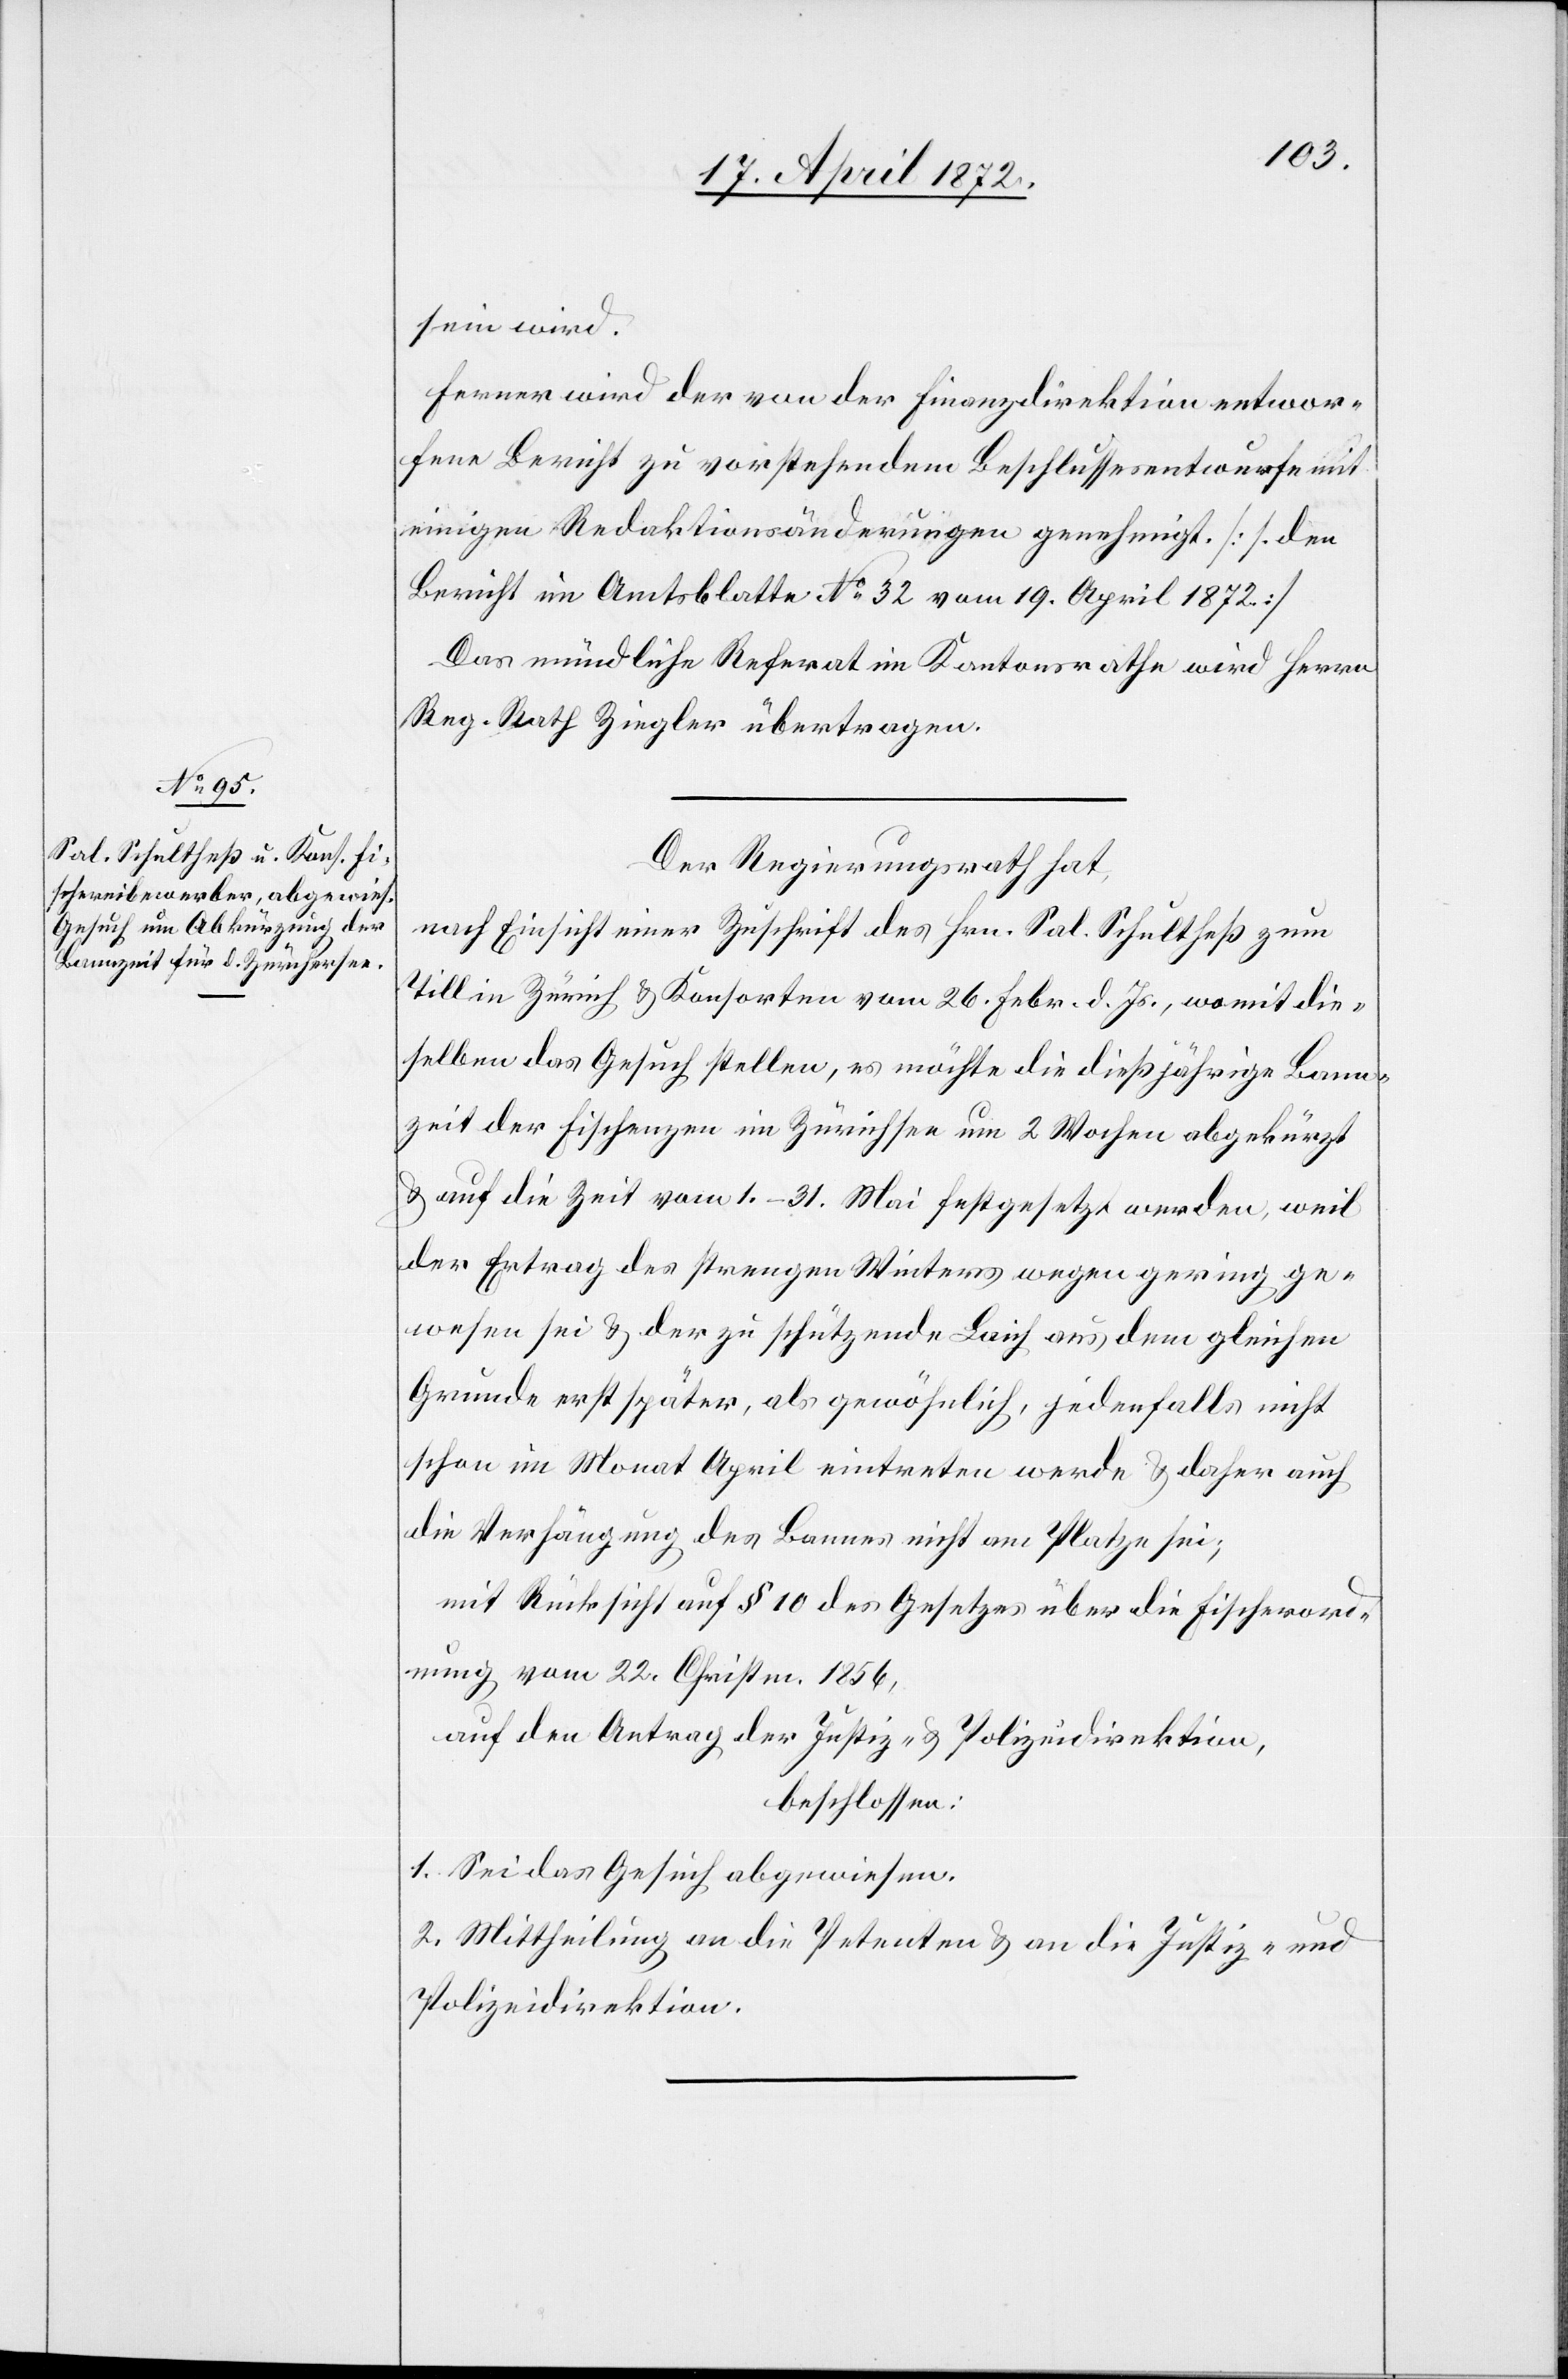
sein wird.
Ferner wird der von der Finanzdirektion entwor¬
fene Bericht zu vorstehendem Beschlussesentwurfe mit
einigen Redaktionsänderungen genehmigt. [s. den
Bericht im Amtsblatte No 32 vom 19. April 1872.]
Das mündliche Referat im Kantonsrathe wird Herrn
Reg. Rath Ziegler übertragen.
Der Regierungsrath hat,
nach Einsicht einer Zuschrift des Hrn. Sal. Schultheß zum
Till in Zürich u. Konsorten vom 26. Febr. d. Js., womit die¬
selben das Gesuch stellen, es möchte die dießjährige Bann¬
zeit der Fischenzen im Zürichsee um 2 Wochen abgekürzt
u. auf die Zeit vom 1.–31. Mai festgesetzt werden, weil
der Ertrag des strengen Winters wegen gering ge¬
wesen sei u. der zu schützende Laich aus dem gleichen
Grunde erst später, als gewöhnlich, jedenfalls nicht
schon im Monat April eintreten werde u. daher auch
die Verhängung des Bannes nicht am Platze sei;
mit Rücksicht auf § 10 des Gesetzes über die Fischerord¬
nung vom 22. Christm. 1856,
auf den Antrag der Justiz- u. Polizeidirektion,
beschlossen:
1. Sei das Gesuch abgewiesen.
2. Mittheilung an die Petenten u. an die Justiz- u.
Polizeidirektion.